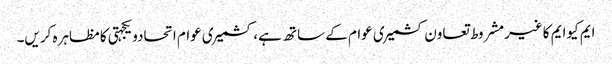
ایم کیوایم کاغیرمشروط تعاون کشمیری عوام کے ساتھ ہے، کشمیری عوام اتحادویکجہتی کامظاہرہ کریں۔